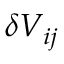
\delta V _ { i j }